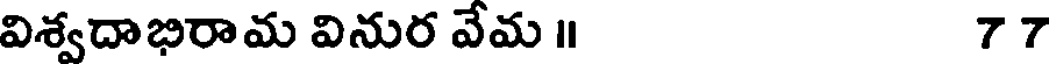
విశ్వదాభిరామ వినుర వేమ ॥ 77